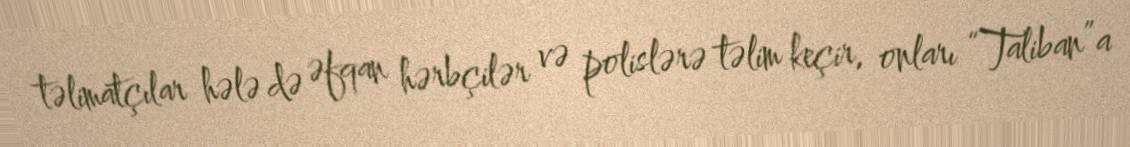
təlimatçılar hələ də əfqan hərbçilər və polislərə təlim keçir, onları “Taliban”a